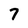
Character: 7